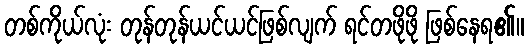
တစ်ကိုယ်လုံး တုန်တုန်ယင်ယင်ဖြစ်လျက် ရင်တဖိုဖို ဖြစ်နေရ၏။